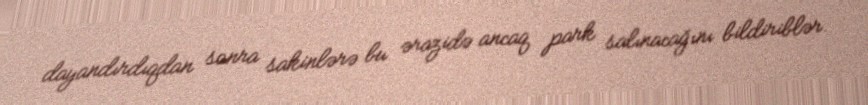
dayandırdıqdan sonra sakinlərə bu ərazidə ancaq park salınacağını bildiriblər.